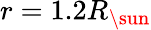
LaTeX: r=1.2R_{\sun}